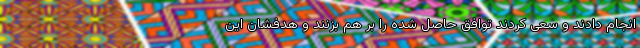
انجام دادند و سعی کردند توافق حاصل شده را بر هم بزنند و هدفشان این